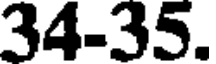
34-35.